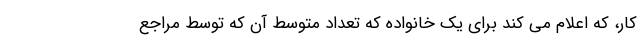
کار، که اعلام می کند برای یک خانواده که تعداد متوسط آن که توسط مراجع